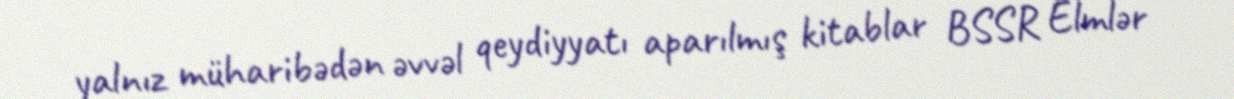
yalnız müharibədən əvvəl qeydiyyatı aparılmış kitablar BSSR Elmlər